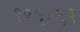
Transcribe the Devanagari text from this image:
१९६॰६१